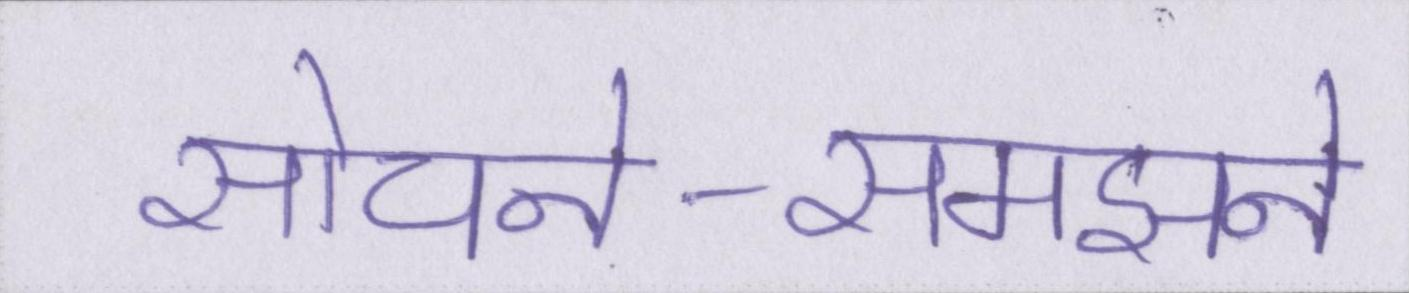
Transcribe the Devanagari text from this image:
सोचने-समझने